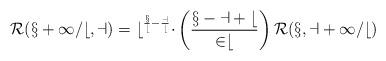
LaTeX: \begin{align*}\cal R(x+1/b,a)=b^{\frac xb-\frac ab}\Delta\left(\frac{x-a+b}{2b}\right)\cal R(x,a+1/b)\end{align*}